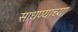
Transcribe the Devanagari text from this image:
साधण्याच्या